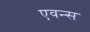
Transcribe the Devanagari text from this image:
एवन्स